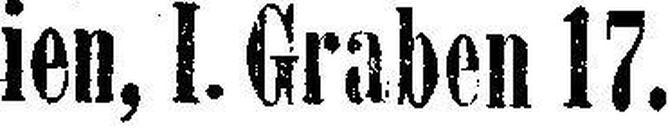
Wien, I. Graben 17.